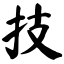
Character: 技